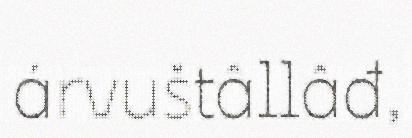
árvuštâllâđ,